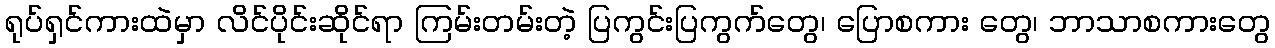
ရုပ်ရှင်ကားထဲမှာ လိင်ပိုင်းဆိုင်ရာ ကြမ်းတမ်းတဲ့ ပြကွင်းပြကွက်တွေ၊ ပြောစကား တွေ၊ ဘာသာစကားတွေ